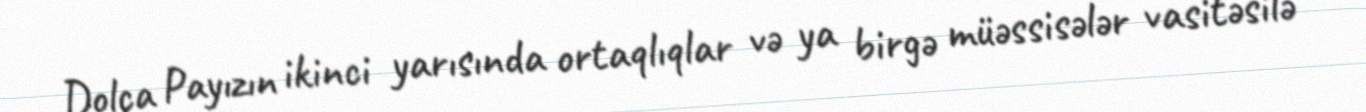
Dolça Payızın ikinci yarısında ortaqlıqlar və ya birgə müəssisələr vasitəsilə